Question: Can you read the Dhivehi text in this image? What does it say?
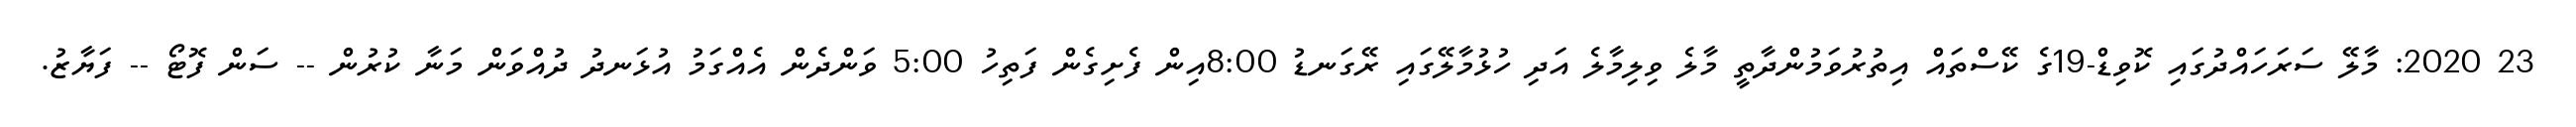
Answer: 23 2020: މާލޭ ސަރަހައްދުގައި ކޮވިޑް-19ގެ ކޭސްތައް އިތުރުވަމުންދާތީ މާލެ ވިލިމާލެ އަދި ހުޅުމާލޭގައި ރޭގަނޑު 8:00އިން ފެށިގެން ފަތިހު 5:00 ވަންދެން އެއްގަމު އުޅަނދު ދުއްވަން މަނާ ކުރުން -- ސަން ފޮޓޯ -- ފަޔާޒު.